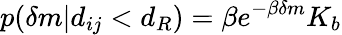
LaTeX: p(\delta m\vert d_{ij}<d_{R})=\beta e^{-\beta\delta m}K_{b}